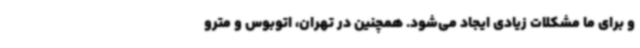
و برای ما مشکلات زیادی ایجاد می‌شود. همچنین در تهران، اتوبوس و مترو